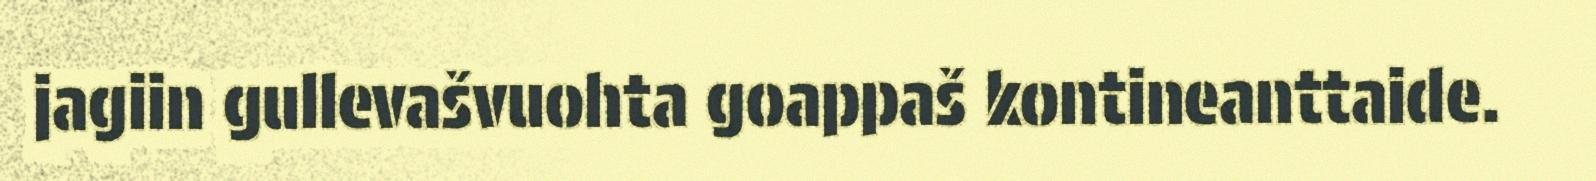
jagiin gullevašvuohta goappaš kontineanttaide.